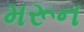
મરૂન